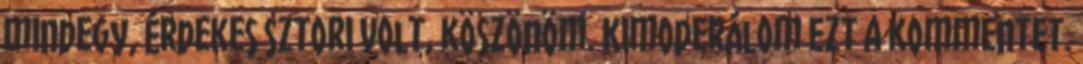
mindegy, érdekes sztori volt, köszönöm. Kimoderálom ezt a kommentet.